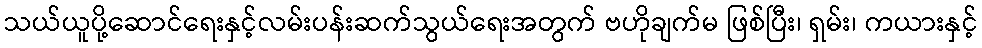
သယ်ယူပို့ဆောင်ရေးနှင့်လမ်းပန်းဆက်သွယ်ရေးအတွက် ဗဟိုချက်မ ဖြစ်ပြီး၊ ရှမ်း၊ ကယားနှင့်